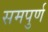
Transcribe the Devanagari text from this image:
समपुर्ण